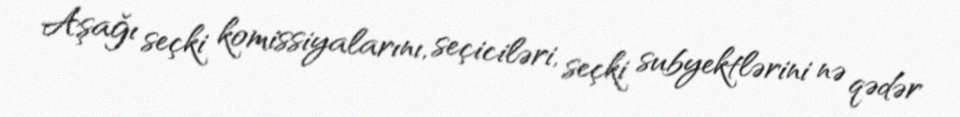
Aşağı seçki komissiyalarını, seçiciləri, seçki subyektlərini nə qədər